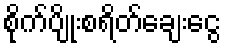
စိုက်ပျိုးစရိတ်ချေးငွေ